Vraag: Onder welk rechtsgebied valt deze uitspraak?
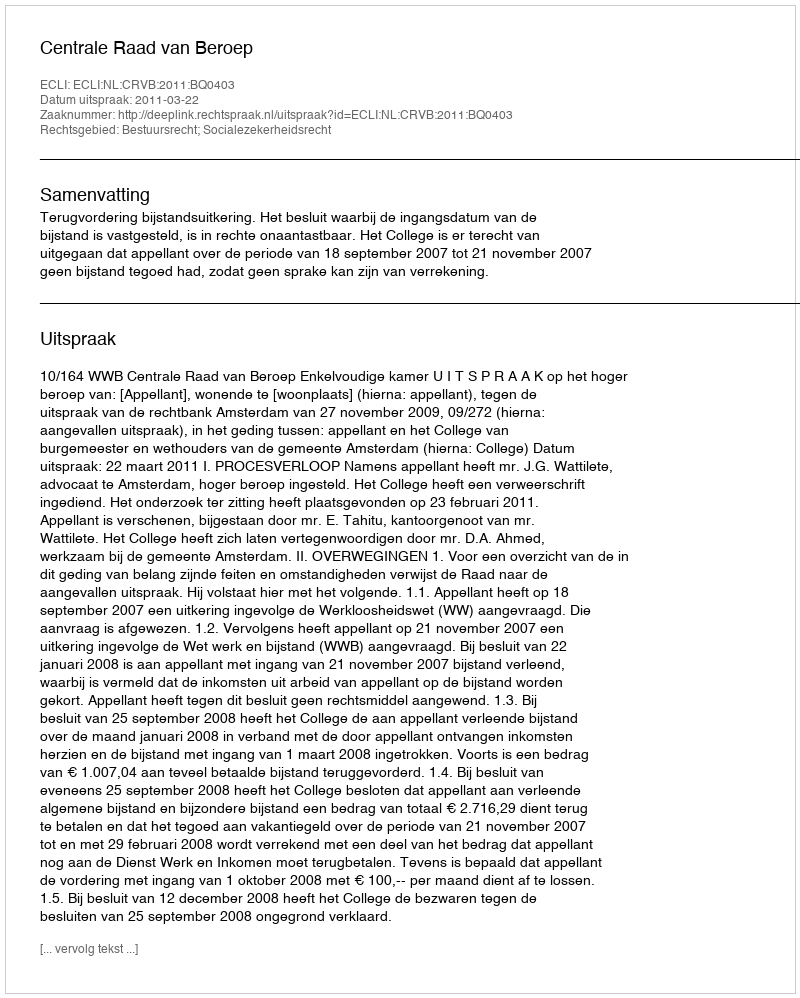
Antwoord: Bestuursrecht; Socialezekerheidsrecht